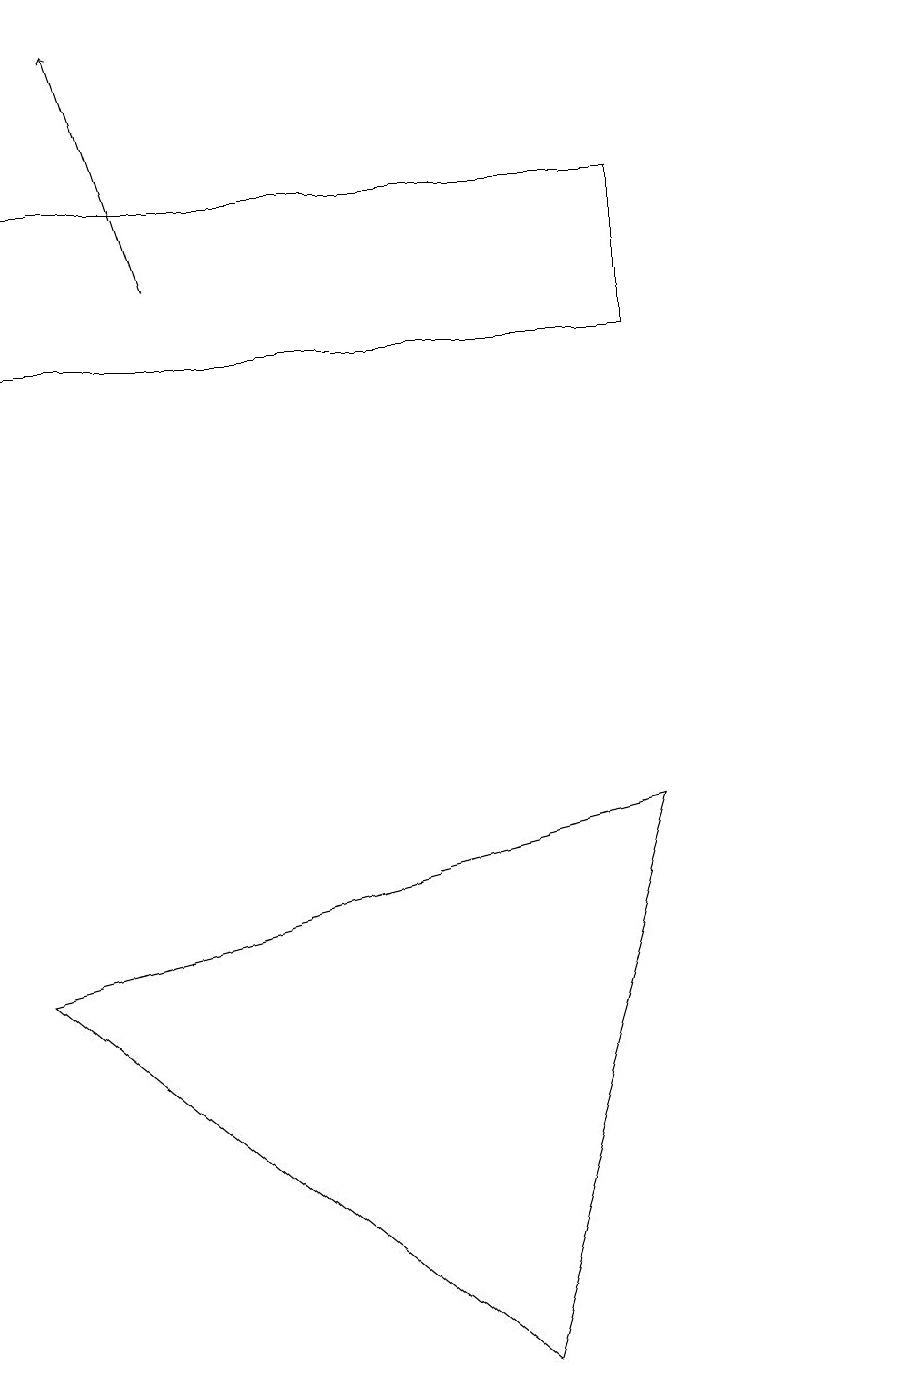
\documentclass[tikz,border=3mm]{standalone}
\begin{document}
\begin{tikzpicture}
\draw[->] (3,16) -- (2,19);
\draw (12,10) circle (0);
\draw (7,2) -- (1,7) -- (9,9) -- cycle;
\draw (1,15) rectangle (9,17);
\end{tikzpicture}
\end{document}